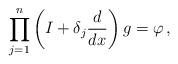
LaTeX: \begin{align*}\prod_{j=1}^n \left(I+\delta_j \frac{d}{dx}\right) g =\varphi \, ,\end{align*}